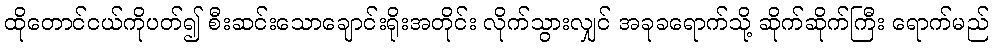
ထိုတောင်ငယ်ကိုပတ်၍ စီးဆင်းသောချောင်းရိုးအတိုင်း လိုက်သွားလျှင် အခုခရောက်သို့ ဆိုက်ဆိုက်ကြီး ရောက်မည်